Lunatic asylums Burma 1922-24 - 1922-1924
Year: 1922
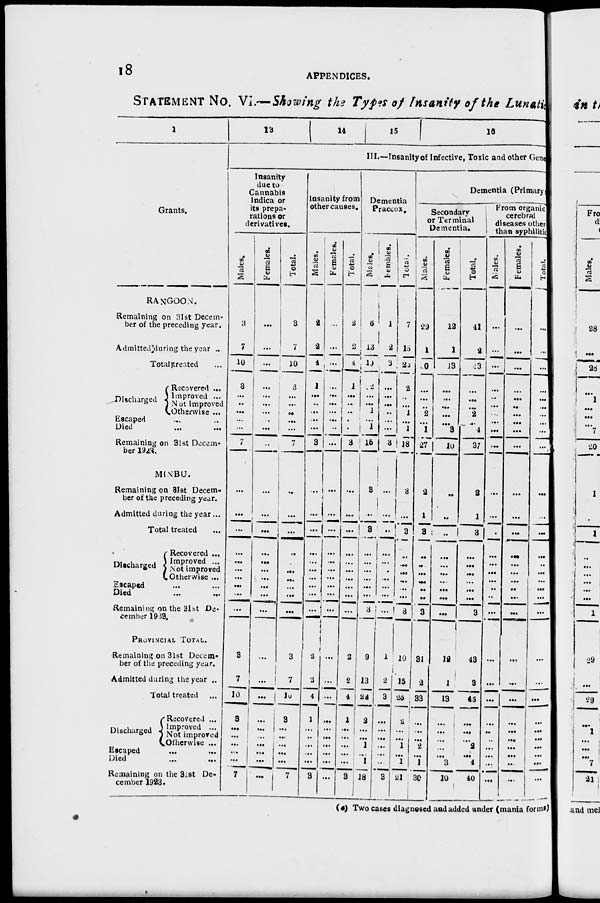
18
APPENDICES.
STATEMENT No. VI.—Showing the Types of Insanity of the Lunatic
1
Grants.
RANGOON.
Remaining on 31st Decem-
ber of the preceding year.
Admitted during the year ..
Total treated ...
Discharged
Recovered ...
Improved ...
Not improved
Otherwise ...
Escaped ... ...
Died
... ...
Remaining on 31st Decem-
ber 1923.
MINBU.
Remaining on 31st Decem-
ber of the preceding year.
Admitted during the year ...
Total treated ...
Discharged
Recovered ...
Improved ...
Not improved
Otherwise ...
Escaped ... ...
Died
...
...
Remaining on the 31st De-
cember 1923.
PROVINCIAL TOTAL.
Remaining on 31st Decem-
ber of the preceding year.
Admitted during the year ..
Total treated ...
Discharged
Recovered ...
Improved ...
Not improved
Otherwise ...
Escaped ... ...
Died
...
...
Remaining on the 31st De-
cember 1923.
13
14
15
16
III.—Insanity of Infective, Toxic and other Gene
Insanity
due to
Cannabis
Indica or
its prepa-
rations or
derivatives.
Males.
3
7
10
3
...
...
...
...
...
7
...
...
...
...
...
...
...
...
...
...
3
7
10
3
...
...
...
...
...
7
Females.
...
...
...
...
...
...
...
...
...
...
...
...
...
...
...
...
...
...
...
...
...
...
...
...
...
...
...
...
...
...
Total.
3
7
10
3
...
...
...
...
...
7
...
...
...
...
...
...
...
...
...
...
3
7
10
3
...
...
...
...
...
7
Insanity from
other causes.
Males.
2
2
4
1
...
...
...
...
...
3
...
...
...
...
...
...
...
...
...
...
2
2
4
1
...
...
...
...
...
3
Females.
...
...
...
...
...
...
...
...
...
...
...
...
...
...
...
...
...
...
...
...
...
...
...
...
...
...
...
...
...
...
Total.
2
2
4
1
...
...
...
...
...
3
...
...
...
...
...
...
...
...
...
...
2
2
4
1
...
...
...
...
...
3
Dementia
Praecox.
Males.
6
13
10
2
...
...
1
...
1
15
3
...
3
...
...
...
...
...
...
3
9
13
22
2
...
...
1
...
1
18
Females.
1
2
13
...
...
...
...
...
...
3
...
...
...
...
...
...
...
...
...
...
1
2
3
...
...
...
...
...
...
3
Total.
7
15
23
2
...
...
1
...
1
18
3
...
3
...
...
...
...
...
...
3
10
15
25
2
...
...
1
...
1
21
Dementia (Primary
Secondary
or Terminal
Dementia.
Males.
29
1
10
...
...
..
2
...
1
27
2
1
3
...
...
...
...
...
...
3
31
2
33
...
...
...
2
...
1
30
Females.
12
1
13
...
...
...
...
...
3
10
...
...
...
...
...
...
...
...
...
...
12
1
13
...
...
...
...
...
3
10
Total.
41
2
23
...
...
...
2
...
4
37
2
1
3
...
...
...
...
...
...
3
43
3
43
...
...
...
2
...
4
40
From organic
cerebral
diseases other
than syphilitic
Males.
...
...
...
...
...
...
...
...
...
...
...
...
...
...
...
...
...
...
...
...
...
...
...
...
...
...
...
...
...
...
Females.
...
...
...
...
...
...
...
...
...
...
...
...
...
...
...
...
...
...
...
...
...
...
...
...
...
...
...
...
...
...
Total.
...
...
...
...
...
...
...
...
...
...
...
...
...
...
...
...
...
...
...
...
...
...
...
...
...
...
...
...
...
...
(a) Two cases diagnosed and added under (mania forms)